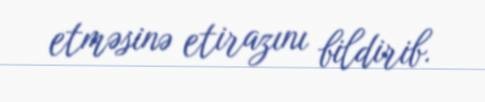
etməsinə etirazını bildirib.